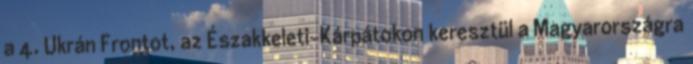
a 4. Ukrán Frontot, az Északkeleti-Kárpátokon keresztül a Magyarországra